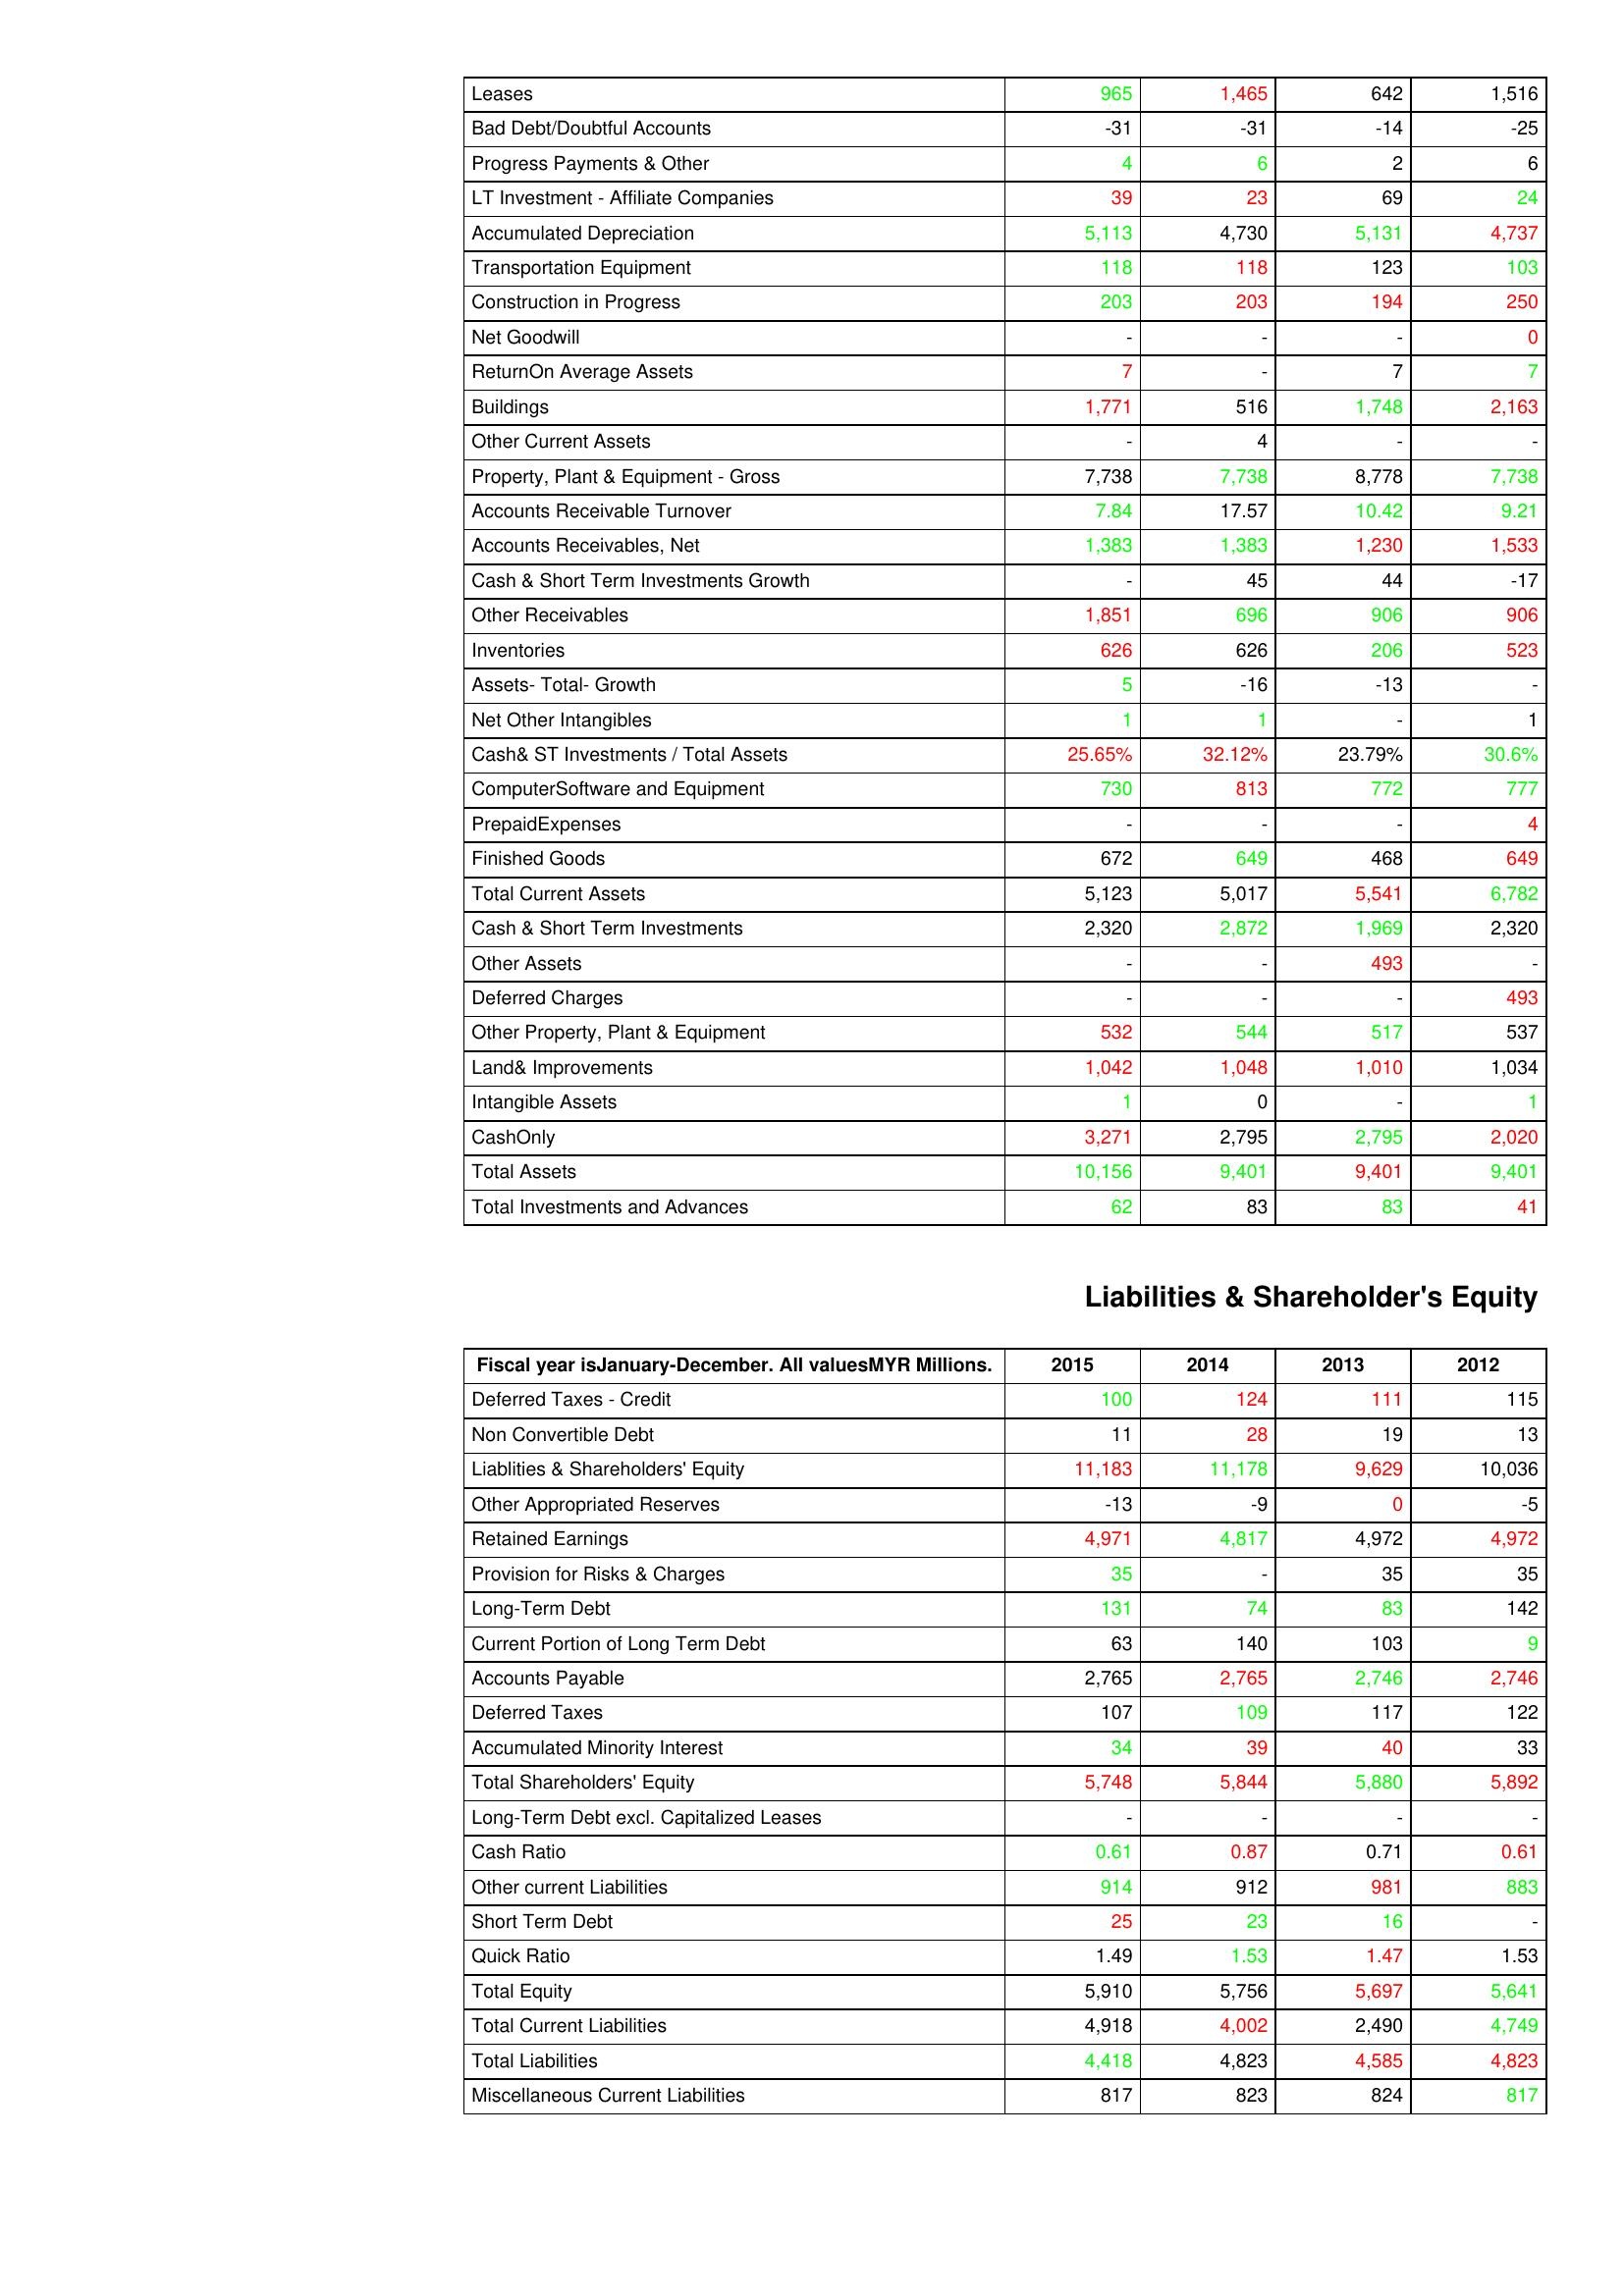
gt_parse: 2015: Assets: Leases: 965
Bad Debt/Doubtful Accounts: -31
Progress Payments & Other: 4
LT Investment - Affiliate Companies: 39
Accumulated Depreciation: 5,113
Transportation Equipment: 118
Construction in Progress: 203
Net Goodwill: -
ReturnOn Average Assets: 7
Buildings: 1,771
Other Current Assets: -
Property, Plant & Equipment - Gross : 7,738
Accounts Receivable Turnover: 7.84
Accounts Receivables, Net: 1,383
Cash & Short Term Investments Growth: -
Other Receivables: 1,851
Inventories: 626
Assets- Total- Growth: 5
Net Other Intangibles: 1
Cash& ST Investments / Total Assets: 25.65%
ComputerSoftware and Equipment: 730
PrepaidExpenses: -
Finished Goods: 672
Total Current Assets: 5,123
Cash & Short Term Investments: 2,320
Other Assets: -
Deferred Charges: -
Other Property, Plant & Equipment: 532
Land& Improvements: 1,042
Intangible Assets: 1
CashOnly: 3,271
Total Assets: 10,156
Total Investments and Advances: 62
Liabilities & Shareholder's Equity: Deferred Taxes - Credit: 100
Non Convertible Debt: 11
Liablities & Shareholders' Equity: 11,183
Other Appropriated Reserves: -13
Retained Earnings: 4,971
Provision for Risks & Charges: 35
Long-Term Debt: 131
Current Portion of Long Term Debt: 63
Accounts Payable: 2,765
Deferred Taxes: 107
Accumulated Minority Interest: 34
Total Shareholders' Equity: 5,748
Long-Term Debt excl. Capitalized Leases: -
Cash Ratio: 0.61
Other current Liabilities: 914
Short Term Debt: 25
Quick Ratio: 1.49
Total Equity: 5,910
Total Current Liabilities: 4,918
Total Liabilities: 4,418
Miscellaneous Current Liabilities: 817
2014: Assets: Leases: 1,465
Bad Debt/Doubtful Accounts: -31
Progress Payments & Other: 6
LT Investment - Affiliate Companies: 23
Accumulated Depreciation: 4,730
Transportation Equipment: 118
Construction in Progress: 203
Net Goodwill: -
ReturnOn Average Assets: -
Buildings: 516
Other Current Assets: 4
Property, Plant & Equipment - Gross : 7,738
Accounts Receivable Turnover: 17.57
Accounts Receivables, Net: 1,383
Cash & Short Term Investments Growth: 45
Other Receivables: 696
Inventories: 626
Assets- Total- Growth: -16
Net Other Intangibles: 1
Cash& ST Investments / Total Assets: 32.12%
ComputerSoftware and Equipment: 813
PrepaidExpenses: -
Finished Goods: 649
Total Current Assets: 5,017
Cash & Short Term Investments: 2,872
Other Assets: -
Deferred Charges: -
Other Property, Plant & Equipment: 544
Land& Improvements: 1,048
Intangible Assets: 0
CashOnly: 2,795
Total Assets: 9,401
Total Investments and Advances: 83
Liabilities & Shareholder's Equity: Deferred Taxes - Credit: 124
Non Convertible Debt: 28
Liablities & Shareholders' Equity: 11,178
Other Appropriated Reserves: -9
Retained Earnings: 4,817
Provision for Risks & Charges: -
Long-Term Debt: 74
Current Portion of Long Term Debt: 140
Accounts Payable: 2,765
Deferred Taxes: 109
Accumulated Minority Interest: 39
Total Shareholders' Equity: 5,844
Long-Term Debt excl. Capitalized Leases: -
Cash Ratio: 0.87
Other current Liabilities: 912
Short Term Debt: 23
Quick Ratio: 1.53
Total Equity: 5,756
Total Current Liabilities: 4,002
Total Liabilities: 4,823
Miscellaneous Current Liabilities: 823
2013: Assets: Leases: 642
Bad Debt/Doubtful Accounts: -14
Progress Payments & Other: 2
LT Investment - Affiliate Companies: 69
Accumulated Depreciation: 5,131
Transportation Equipment: 123
Construction in Progress: 194
Net Goodwill: -
ReturnOn Average Assets: 7
Buildings: 1,748
Other Current Assets: -
Property, Plant & Equipment - Gross : 8,778
Accounts Receivable Turnover: 10.42
Accounts Receivables, Net: 1,230
Cash & Short Term Investments Growth: 44
Other Receivables: 906
Inventories: 206
Assets- Total- Growth: -13
Net Other Intangibles: -
Cash& ST Investments / Total Assets: 23.79%
ComputerSoftware and Equipment: 772
PrepaidExpenses: -
Finished Goods: 468
Total Current Assets: 5,541
Cash & Short Term Investments: 1,969
Other Assets: 493
Deferred Charges: -
Other Property, Plant & Equipment: 517
Land& Improvements: 1,010
Intangible Assets: -
CashOnly: 2,795
Total Assets: 9,401
Total Investments and Advances: 83
Liabilities & Shareholder's Equity: Deferred Taxes - Credit: 111
Non Convertible Debt: 19
Liablities & Shareholders' Equity: 9,629
Other Appropriated Reserves: 0
Retained Earnings: 4,972
Provision for Risks & Charges: 35
Long-Term Debt: 83
Current Portion of Long Term Debt: 103
Accounts Payable: 2,746
Deferred Taxes: 117
Accumulated Minority Interest: 40
Total Shareholders' Equity: 5,880
Long-Term Debt excl. Capitalized Leases: -
Cash Ratio: 0.71
Other current Liabilities: 981
Short Term Debt: 16
Quick Ratio: 1.47
Total Equity: 5,697
Total Current Liabilities: 2,490
Total Liabilities: 4,585
Miscellaneous Current Liabilities: 824
2012: Assets: Leases: 1,516
Bad Debt/Doubtful Accounts: -25
Progress Payments & Other: 6
LT Investment - Affiliate Companies: 24
Accumulated Depreciation: 4,737
Transportation Equipment: 103
Construction in Progress: 250
Net Goodwill: 0
ReturnOn Average Assets: 7
Buildings: 2,163
Other Current Assets: -
Property, Plant & Equipment - Gross : 7,738
Accounts Receivable Turnover: 9.21
Accounts Receivables, Net: 1,533
Cash & Short Term Investments Growth: -17
Other Receivables: 906
Inventories: 523
Assets- Total- Growth: -
Net Other Intangibles: 1
Cash& ST Investments / Total Assets: 30.6%
ComputerSoftware and Equipment: 777
PrepaidExpenses: 4
Finished Goods: 649
Total Current Assets: 6,782
Cash & Short Term Investments: 2,320
Other Assets: -
Deferred Charges: 493
Other Property, Plant & Equipment: 537
Land& Improvements: 1,034
Intangible Assets: 1
CashOnly: 2,020
Total Assets: 9,401
Total Investments and Advances: 41
Liabilities & Shareholder's Equity: Deferred Taxes - Credit: 115
Non Convertible Debt: 13
Liablities & Shareholders' Equity: 10,036
Other Appropriated Reserves: -5
Retained Earnings: 4,972
Provision for Risks & Charges: 35
Long-Term Debt: 142
Current Portion of Long Term Debt: 9
Accounts Payable: 2,746
Deferred Taxes: 122
Accumulated Minority Interest: 33
Total Shareholders' Equity: 5,892
Long-Term Debt excl. Capitalized Leases: -
Cash Ratio: 0.61
Other current Liabilities: 883
Short Term Debt: -
Quick Ratio: 1.53
Total Equity: 5,641
Total Current Liabilities: 4,749
Total Liabilities: 4,823
Miscellaneous Current Liabilities: 817